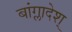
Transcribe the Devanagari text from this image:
बांग्लादेश्